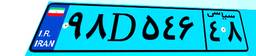
۴۳D۱۱۳۵۸